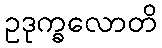
ဥဒုက္ခလောတိ